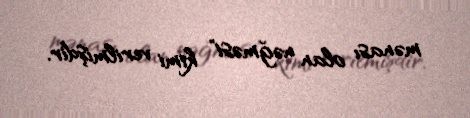
mənası olan nəğməsi" kimi verilmişdir.